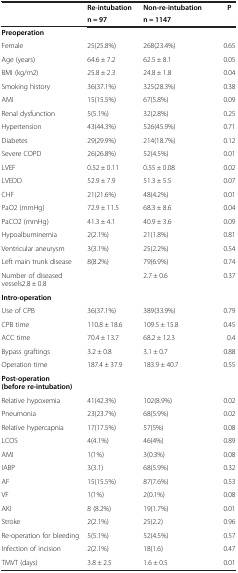
<table><thead><tr><td><b> </b></td><td><b>Re-intubation</b></td><td><b>Non-re-intubation</b></td><td><b>P </b></td></tr><tr><td><b> </b></td><td><b>n = 97</b></td><td><b>n = 1147</b></td><td><b> </b></td></tr></thead><tbody><tr><td><b>Preoperation</b></td><td> </td><td> </td><td> </td></tr><tr><td>Female</td><td>25(25.8%)</td><td>268(23.4%)</td><td>0.65</td></tr><tr><td>Age (years)</td><td>64.6 ± 7.2</td><td>62.5 ± 8.1</td><td>0.05</td></tr><tr><td>BMI (kg/m2)</td><td>25.8 ± 2.3</td><td>24.8 ± 1.8</td><td>0.04</td></tr><tr><td>Smoking history</td><td>36(37.1%)</td><td>325(28.3%)</td><td>0.38</td></tr><tr><td>AMI</td><td>15(15.5%)</td><td>67(5.8%)</td><td>0.09</td></tr><tr><td>Renal dysfunction</td><td>5(5.1%)</td><td>32(2.8%)</td><td>0.25</td></tr><tr><td>Hypertension</td><td>43(44.3%)</td><td>526(45.9%)</td><td>0.71</td></tr><tr><td>Diabetes</td><td>29(29.9%)</td><td>214(18.7%)</td><td>0.12</td></tr><tr><td>Severe COPD</td><td>26(26.8%)</td><td>52(4.5%)</td><td>0.01</td></tr><tr><td>LVEF</td><td>0.52 ± 0.11</td><td>0.55 ± 0.08</td><td>0.02</td></tr><tr><td>LVEDD</td><td>52.9 ± 7.9</td><td>51.3 ± 5.5</td><td>0.07</td></tr><tr><td>CHF</td><td>21(21.6%)</td><td>48(4.2%)</td><td>0.01</td></tr><tr><td>PaO2 (mmHg)</td><td>72.9 ± 11.5</td><td>68.3 ± 8.6</td><td>0.04</td></tr><tr><td>PaCO2 (mmHg)</td><td>41.3 ± 4.1</td><td>40.9 ± 3.6</td><td>0.09</td></tr><tr><td>Hypoalbuminemia</td><td>2(2.1%)</td><td>21(1.8%)</td><td>0.81</td></tr><tr><td>Ventricular aneurysm</td><td>3(3.1%)</td><td>25(2.2%)</td><td>0.54</td></tr><tr><td>Left main trunk disease</td><td>8(8.2%)</td><td>79(6.9%)</td><td>0.74</td></tr><tr><td>Number of diseased vessels2.8 ± 0.8</td><td> </td><td>2.7 ± 0.6</td><td>0.37</td></tr><tr><td><b>Intro-operation</b></td><td> </td><td> </td><td> </td></tr><tr><td>Use of CPB</td><td>36(37.1%)</td><td>389(33.9%)</td><td>0.79</td></tr><tr><td>CPB time</td><td>110.8 ± 18.6</td><td>109.5 ± 15.8</td><td>0.45</td></tr><tr><td>ACC time</td><td>70.4 ± 13.7</td><td>68.2 ± 12.3</td><td>0.4</td></tr><tr><td>Bypass graftings</td><td>3.2 ± 0.8</td><td>3.1 ± 0.7</td><td>0.88</td></tr><tr><td>Operation time</td><td>187.4 ± 37.9</td><td>183.9 ± 40.7</td><td>0.55</td></tr><tr><td><b>Post-operation(before re-intubation)</b></td><td> </td><td> </td><td> </td></tr><tr><td>Relative hypoxemia</td><td>41(42.3%)</td><td>102(8.9%)</td><td>0.02</td></tr><tr><td>Pneumonia</td><td>23(23.7%)</td><td>68(5.9%)</td><td>0.02</td></tr><tr><td>Relative hypercapnia</td><td>17(17.5%)</td><td>57(5%)</td><td>0.08</td></tr><tr><td>LCOS</td><td>4(4.1%)</td><td>46(4%)</td><td>0.89</td></tr><tr><td>AMI</td><td>1(1%)</td><td>3(0.3%)</td><td>0.08</td></tr><tr><td>IABP</td><td>3(3.1)</td><td>68(5.9%)</td><td>0.32</td></tr><tr><td>AF</td><td>15(15.5%)</td><td>87(7.6%)</td><td>0.53</td></tr><tr><td>VF</td><td>1(1%)</td><td>2(0.1%)</td><td>0.08</td></tr><tr><td>AKI</td><td>8 (8.2%)</td><td>19(1.7%)</td><td>0.01</td></tr><tr><td>Stroke</td><td>2(2.1%)</td><td>25(2.2)</td><td>0.96</td></tr><tr><td>Re-operation for bleeding</td><td>5(5.1%)</td><td>52(4.5%)</td><td>0.57</td></tr><tr><td>Infection of incision</td><td>2(2.1%)</td><td>18(1.6)</td><td>0.47</td></tr><tr><td>TMVT (days)</td><td>3.8 ± 2.5</td><td>1.6 ± 0.5</td><td>0.01</td></tr></tbody></table>